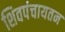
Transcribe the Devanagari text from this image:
शिवपंचायतन